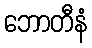
ဘောတီနံ